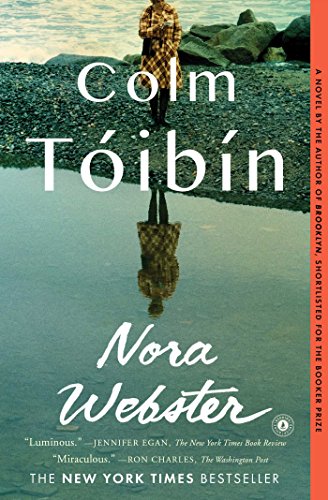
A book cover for Nora Webster: A Novel; Colm Toibin; Literature & Fiction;